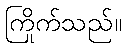
ကြိုက်သည်။